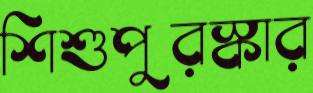
শিশুপুরস্কার